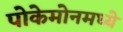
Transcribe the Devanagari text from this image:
पोकेमोनमध्ये